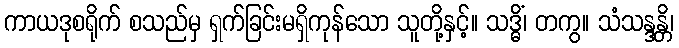
ကာယဒုစရိုက် စသည်မှ ရှက်ခြင်းမရှိကုန်သော သူတို့နှင့်။ သဒ္ဓိံ၊ တကွ။ သံသန္ဒန္တိ၊